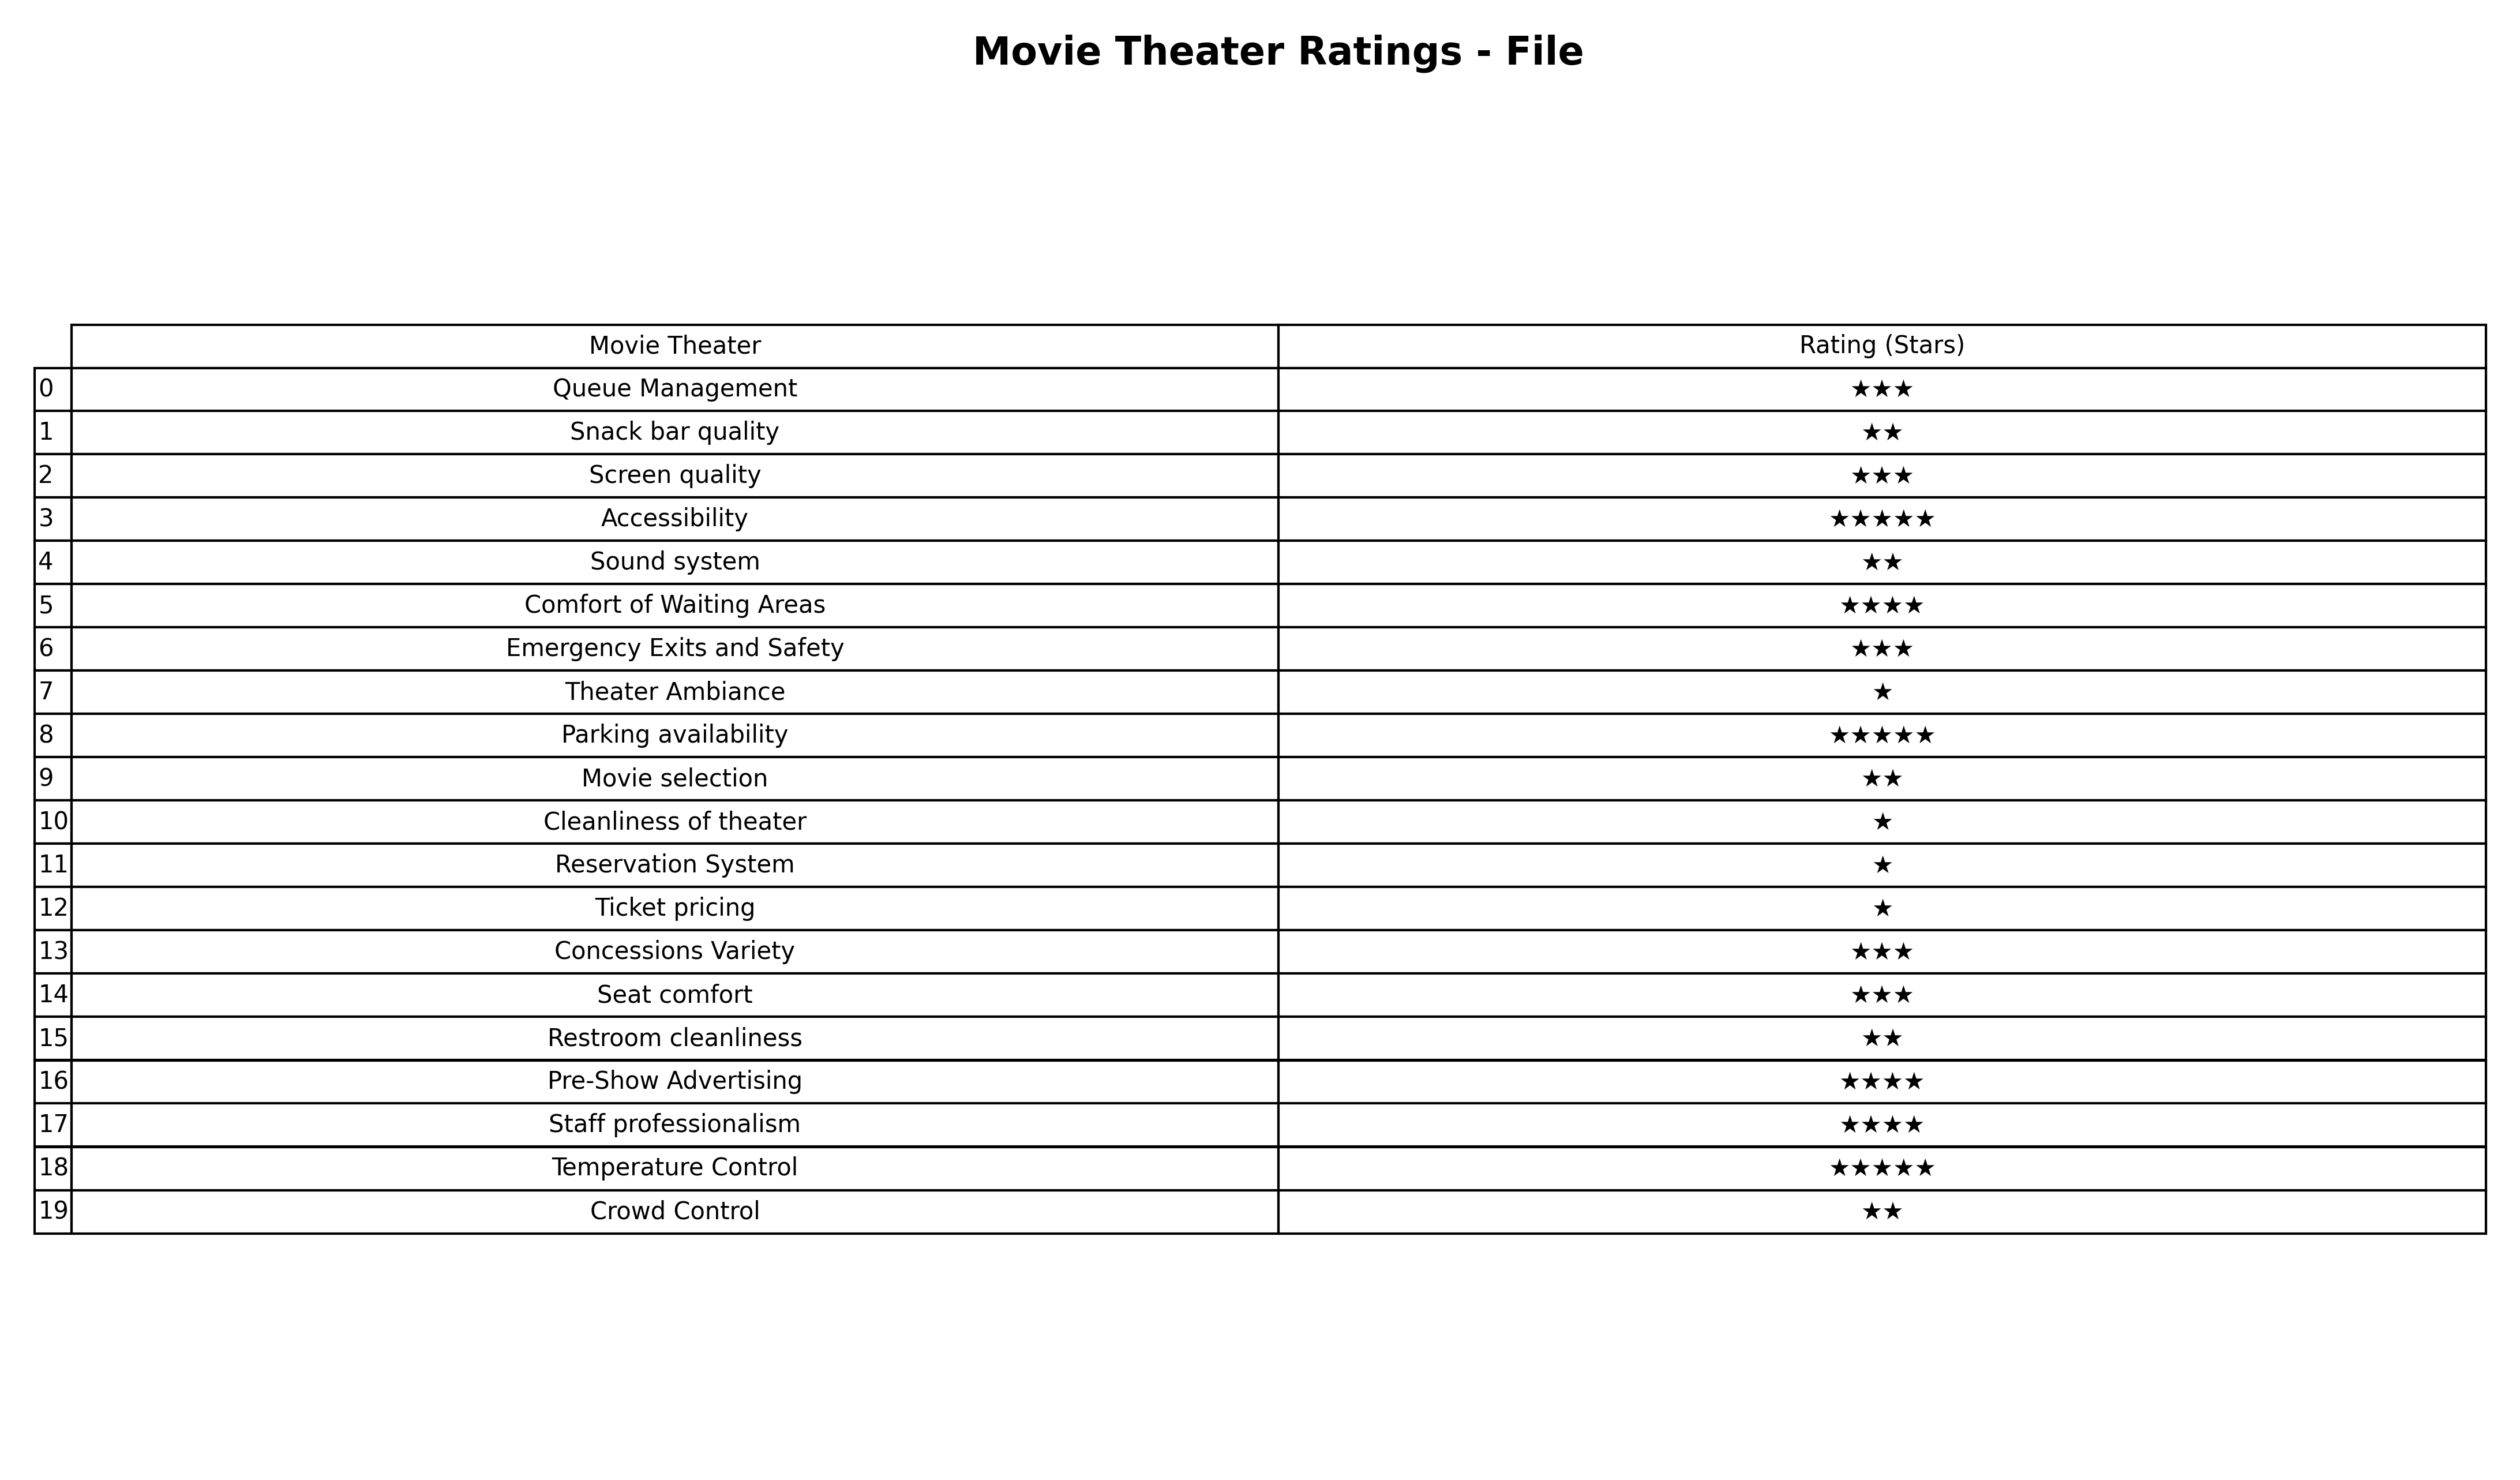
question: What is the rating of Screen quality?
answer: ★★★